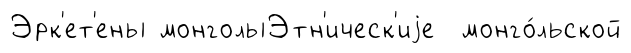
Эрк'ет'ены монголыЭтн'ическ'иjе монго́льской